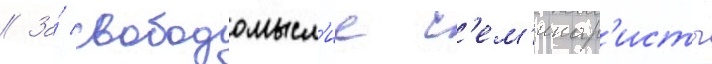
// За́ свободомысл'ие с'ем'инар'исты